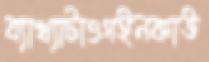
ব্যাখ্যাটাওগইনকাউ